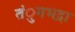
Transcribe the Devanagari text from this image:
तंुगभद्रा